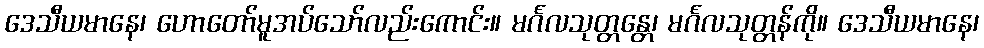
ဒေသီယမာနေ၊ ဟောတော်မူအပ်သော်လည်းကောင်း။ မင်္ဂလသုတ္တန္တေ၊ မင်္ဂလသုတ္တန်ကို။ ဒေသီယမာနေ၊